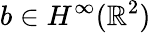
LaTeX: b\in H^{\infty}(\mathbb{R}^{2})